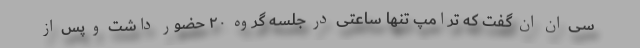
سی ان ان گفت که ترامپ تنها ساعتی در جلسه گروه ۲۰ حضور داشت و پس از